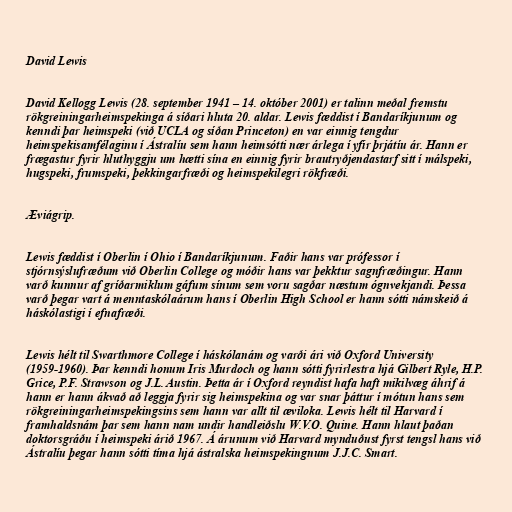
David Lewis

David Kellogg Lewis (28. september 1941 – 14. október 2001) er talinn meðal fremstu
rökgreiningarheimspekinga á síðari hluta 20. aldar. Lewis fæddist í Bandaríkjunum og
kenndi þar heimspeki (við UCLA og síðan Princeton) en var einnig tengdur
heimspekisamfélaginu í Ástralíu sem hann heimsótti nær árlega í yfir þrjátíu ár. Hann er
frægastur fyrir hluthyggju um hætti sína en einnig fyrir brautryðjendastarf sitt í málspeki,
hugspeki, frumspeki, þekkingarfræði og heimspekilegri rökfræði.

Æviágrip.

Lewis fæddist í Oberlin í Ohio í Bandaríkjunum. Faðir hans var prófessor í
stjórnsýslufræðum við Oberlin College og móðir hans var þekktur sagnfræðingur. Hann
varð kunnur af gríðarmiklum gáfum sínum sem voru sagðar næstum ógnvekjandi. Þessa
varð þegar vart á menntaskólaárum hans í Oberlin High School er hann sótti námskeið á
háskólastigi í efnafræði.

Lewis hélt til Swarthmore College í háskólanám og varði ári við Oxford University
(1959-1960). Þar kenndi honum Iris Murdoch og hann sótti fyrirlestra hjá Gilbert Ryle, H.P.
Grice, P.F. Strawson og J.L. Austin. Þetta ár í Oxford reyndist hafa haft mikilvæg áhrif á
hann er hann ákvað að leggja fyrir sig heimspekina og var snar þáttur í mótun hans sem
rökgreiningarheimspekingsins sem hann var allt til æviloka. Lewis hélt til Harvard í
framhaldsnám þar sem hann nam undir handleiðslu W.V.O. Quine. Hann hlaut þaðan
doktorsgráðu í heimspeki árið 1967. Á árunum við Harvard mynduðust fyrst tengsl hans við
Ástralíu þegar hann sótti tíma hjá ástralska heimspekingnum J.J.C. Smart.